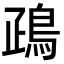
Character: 𪀑